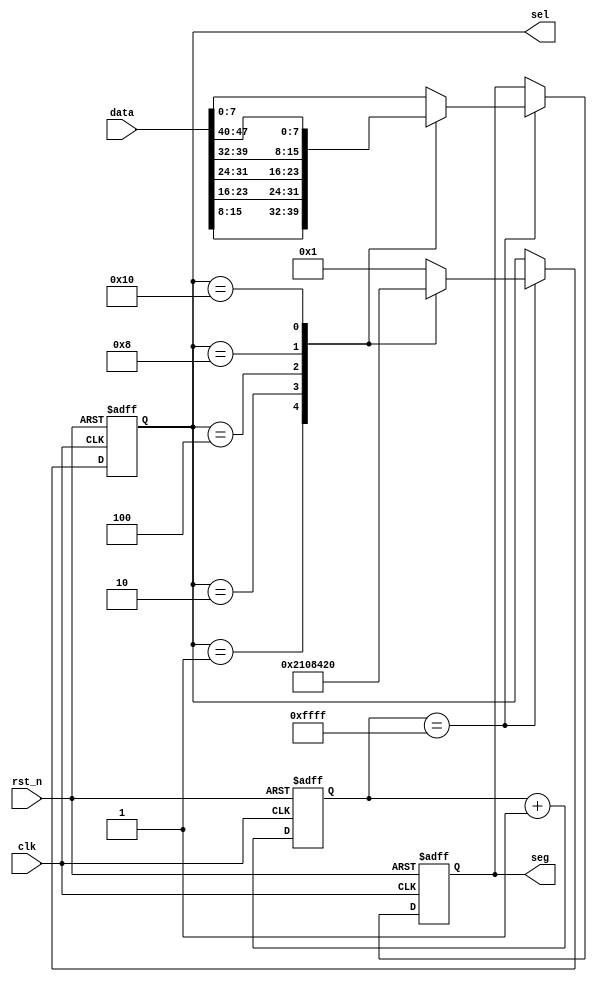
// 6

module digital_tube_data
(
    input clk,
    input rst_n,
    input [47:0] data, //  8 x 6 = 48 bit
    output reg [7:0] seg,
    output reg [5:0] sel
);

    reg [15:0] cnt16; // 0 ~ 65535

    always @ (posedge clk or negedge rst_n) begin
        if (! rst_n) begin
            cnt16 <= 16'b0;
            seg <= 8'b0000_0000;
            sel <= 6'b000_001;
        end else begin
            cnt16 <= cnt16 + 16'b1;
            if (cnt16 == 16'hffff) begin
                case (sel)
                    6'b000_001: begin
                        sel <= 6'b000_010;
                        seg <= data[15:8];
                    end
                    6'b000_010: begin
                        sel <= 6'b000_100;
                        seg <= data[23:16];
                    end
                    6'b000_100: begin
                        sel <= 6'b001_000;
                        seg <= data[31:24];
                    end
                    6'b001_000: begin
                        sel <= 6'b010_000;
                        seg <= data[39:32];
                    end
                    6'b010_000: begin
                        sel <= 6'b100_000;
                        seg <= data[47:40];
                    end
                    6'b100_000: begin
                        sel <= 6'b000_001;
                        seg <= data[7:0];
                    end
                    default: begin
                        sel <= 6'b000_001;
                        seg <= data[7:0];
                    end
                endcase
            end
        end
    end

endmodule